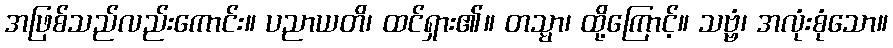
အဖြစ်သည်လည်းကောင်း။ ပညာယတိ၊ ထင်ရှား၏။ တသ္မာ၊ ထို့ကြောင့်။ သဗ္ဗံ၊ အလုံးစုံသော။